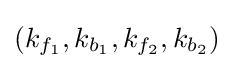
(k_{f_{1}},k_{b_{1}},k_{f_{2}},k_{b_{2}})